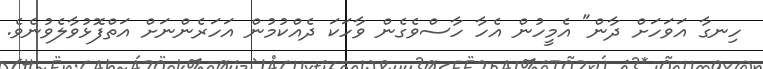
ހިނގާ އަވަހަށް ދާން" އެމީހުން އެހާ ހާސްވެގެން ވާހަކަ ދެއްކުމުން އަހަރެންނަށް އަތްފޮޅުވާލެވުނެވެ.